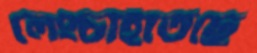
লেংচাইতেছে